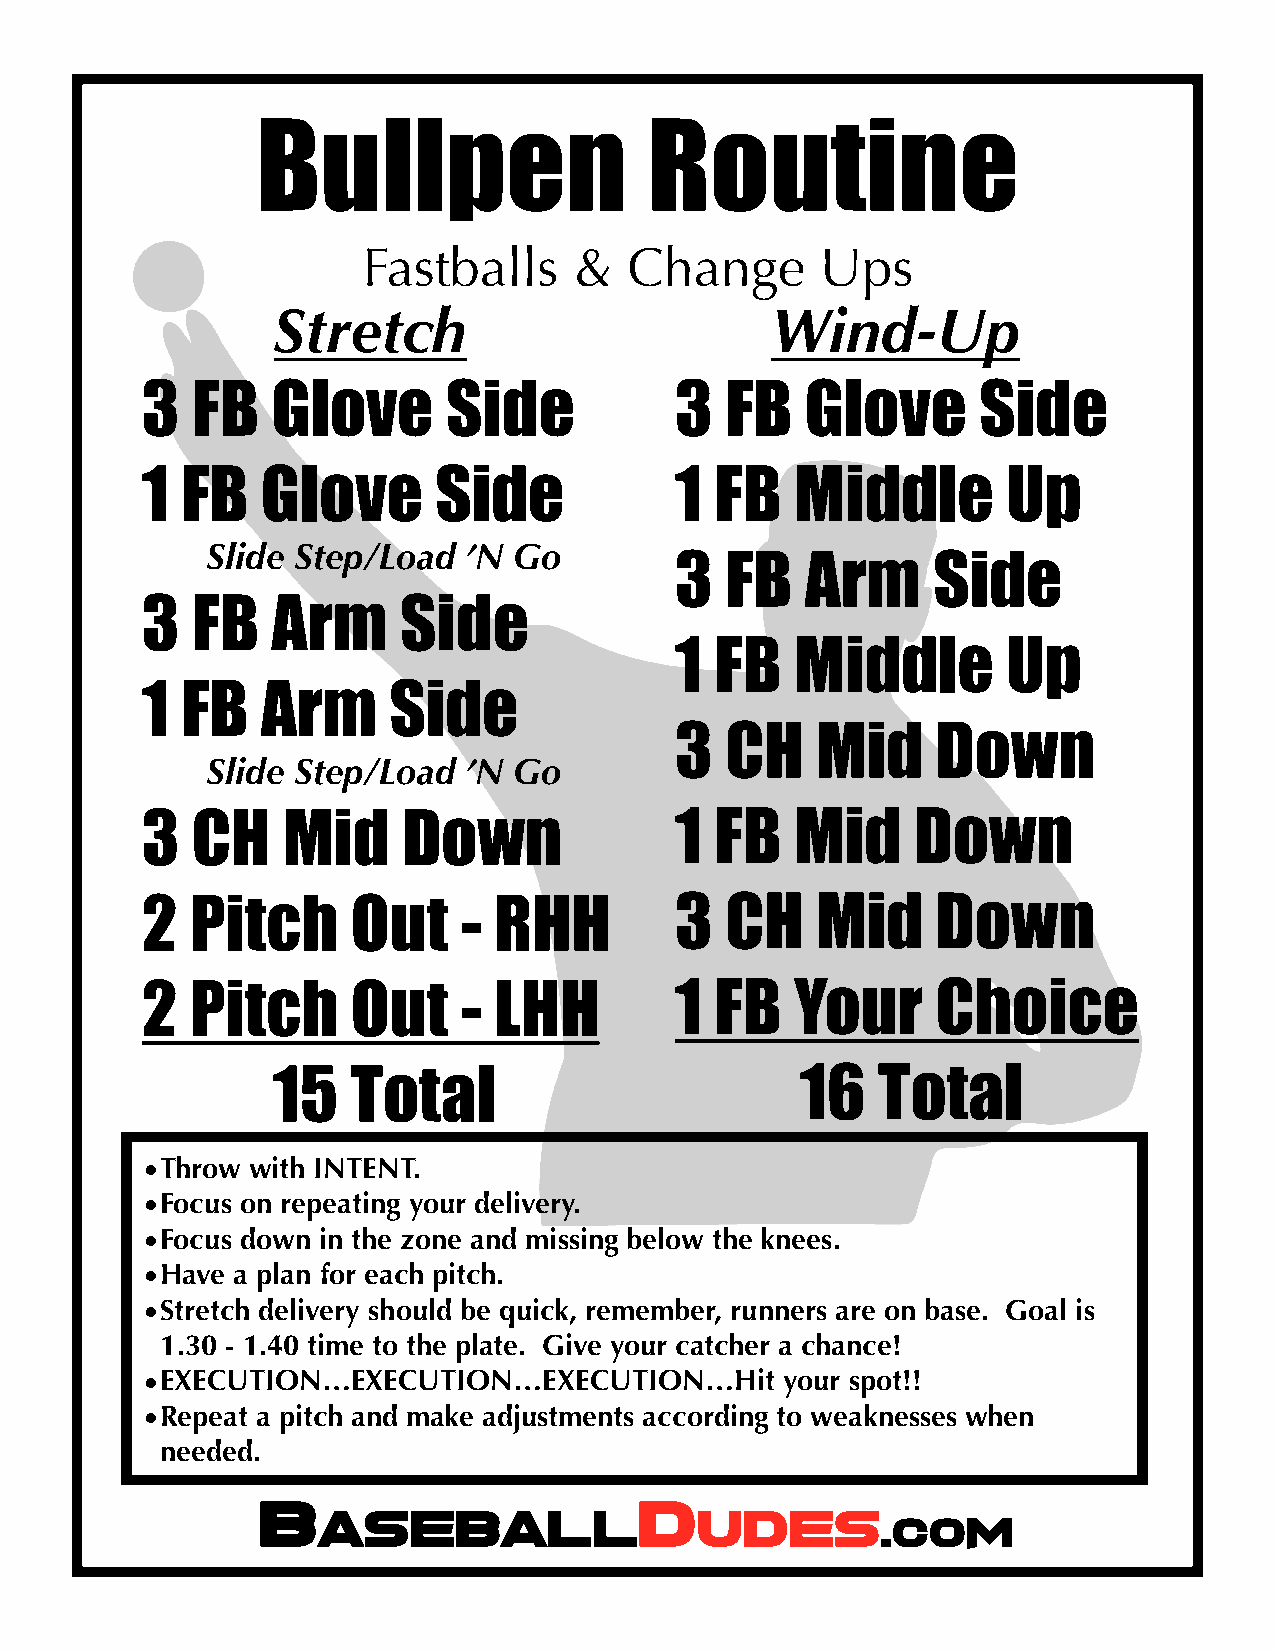
Bullpen                   Routine
 Fastballs     &   Change      Ups
 Stretch                          Wind-Up
 3   FB   Glove       Side           3  FB   Glove       Side
 1  FB   Glove       Side            1 FB    Middle        Up
 Slide Step/Load  ’N Go
 3  FB   Arm      Side
 3   FB   Arm     Side
 1 FB    Middle        Up
 1  FB   Arm      Side
 3  CH    Mid     Down
 Slide Step/Load  ’N Go
 3   CH    Mid     Down              1 FB    Mid    Down
 2   Pitch     Out    -  RHH         3  CH    Mid     Down
 2   Pitch     Out    -  LHH         1 FB    Your     Choice
 15   Total                         16   Total
 •Throw  with INTENT.
 •Focus on repeating your delivery.
 •Focus down in the zone and missing below the knees.
 •Have a plan for each pitch.
 •Stretch delivery should be quick, remember, runners are on base. Goal is
 1.30 - 1.40 time to the plate. Give your catcher a chance!
 •EXECUTION…EXECUTION…EXECUTION…Hit         your spot!!
 •Repeat a pitch and make adjustments according to weaknesses when
 needed.
 B                        D
 aseball                  udes
 .com